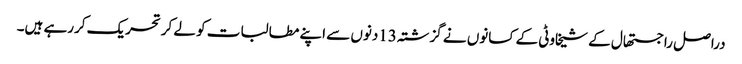
دراصل راجستھال کے شیخاوٹی کے کسانوں نے گزشتہ 13دنوں سے اپنے مطالبات کو لے کرتحریک کررہے ہیں۔